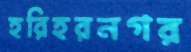
হরিহরনগর